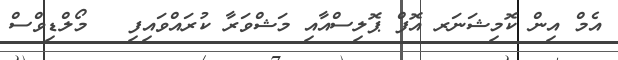
އެމް އިން ކޮމިޝަނަރ އޮފް ޕޮލިސްއާއި މަޝްވަރާ ކުރައްވައިފި   މޯލްޑިވްސް